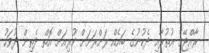
ރާއްޖޭގެ އުތުރާއި ދެކުނުގެ ބައެއް ރަށްރަށަށް ކުރިއަށް އޮތް ދެތިން ދުވަހު